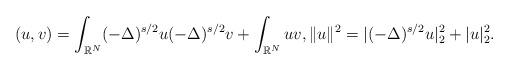
LaTeX: \begin{align*}(u,v)= \int_{\mathbb R^{N}} (-\Delta)^{s/2}u (-\Delta)^{s/2}v + \int_{\mathbb R^{N}} uv,\|u\|^2=|(-\Delta)^{s/2}u |_2^2+ |u|_2^2.\end{align*}